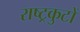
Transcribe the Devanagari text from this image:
राष्‍ट्रकुटों